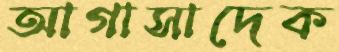
আগাসাদেক